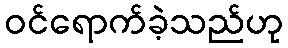
ဝင်ရောက်ခဲ့သည်ဟု